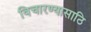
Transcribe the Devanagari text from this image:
विचारण्यासाठि